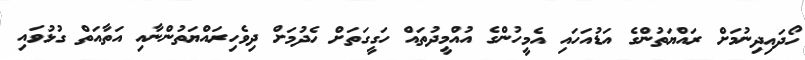
ހޯދައިދިނުމަށް ރައްޔަތުންގެ އަޑުއަހައި އެމީހުންގެ އުއްމީދުތައް ހަގީގަތަށް ހެދުމަށް ދިވެހިރައްޔަތުންނާއި އަތާއަތް ގުޅުވައި